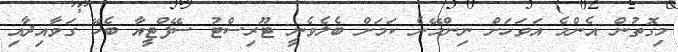
މިގޮތުން އެންމެ އަވަހަށް ނިންމޭނެ ކަމަށް ބެލެވެނީ ޓޫރިސްޓު ސޭފްޓީއާ ބެހޭ ގަވާއިދާއި